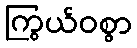
ကြွယ်ဝစွာ